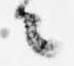
々